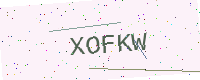
Text: XOFKW